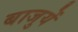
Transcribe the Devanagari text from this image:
बाजुयें